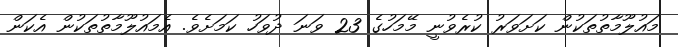
މައުލޫމާތުތަކުން ކަށަވަރު ކުރެވުނީ މޭމަހުގެ 23 ވަނަ ދުވަހު ކަމަށެވެ. އެމައުލޫމާތުތަކުން އެކަން